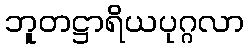
ဘူတဋ္ဌာရိယပုဂ္ဂလာ